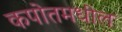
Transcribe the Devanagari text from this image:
कपोतमधील